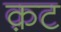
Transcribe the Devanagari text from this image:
क़ट